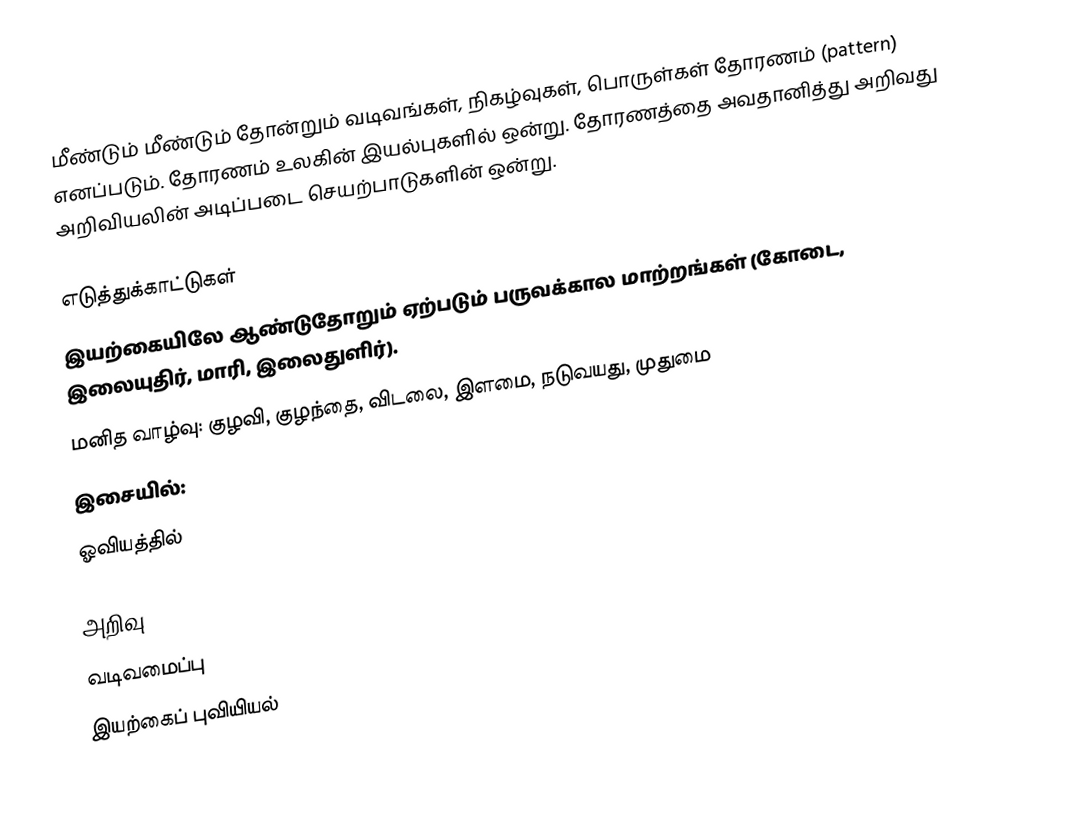
மீண்டும் மீண்டும் தோன்றும் வடிவங்கள், நிகழ்வுகள், பொருள்கள் தோரணம் (pattern) எனப்படும். தோரணம் உலகின் இயல்புகளில் ஒன்று. தோரணத்தை அவதானித்து அறிவது அறிவியலின் அடிப்படை செயற்பாடுகளின் ஒன்று.

எடுத்துக்காட்டுகள்
 இயற்கையிலே ஆண்டுதோறும் ஏற்படும் பருவக்கால மாற்றங்கள் (கோடை, இலையுதிர், மாரி, இலைதுளிர்).
 மனித வாழ்வு: குழவி, குழந்தை, விடலை, இளமை, நடுவயது, முதுமை
 இசையில்:
 ஓவியத்தில்

அறிவு
வடிவமைப்பு
இயற்கைப் புவியியல்